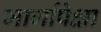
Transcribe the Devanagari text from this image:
मार्गापेक्षा